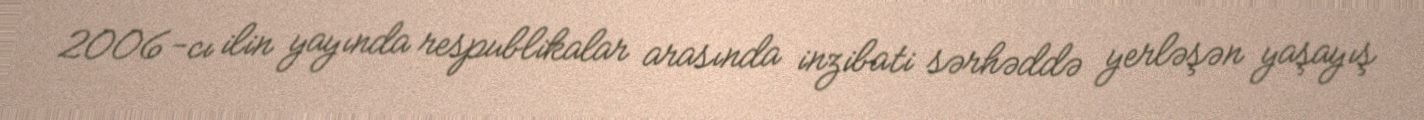
2006-cı ilin yayında respublikalar arasında inzibati sərhəddə yerləşən yaşayış